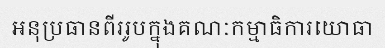
អនុប្រធានពីររូបក្នុងគណៈកម្មាធិការយោធា